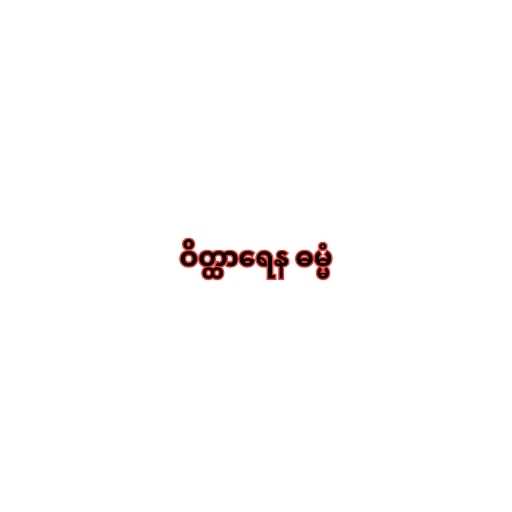
ဝိတ္ထာရေန ဓမ္မံ